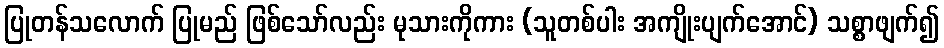
ပြုတန်သလောက် ပြုမည် ဖြစ်သော်လည်း မုသားကိုကား (သူတစ်ပါး အကျိုးပျက်အောင်) သစ္စာဖျက်၍